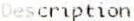
DESCRIPTION